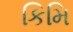
કિમિ